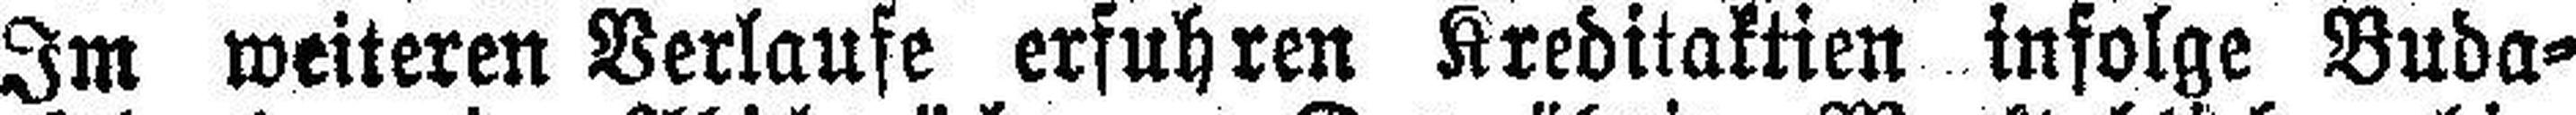
Im weiteren Verlaufe erfuhren Kreditaktim infolge Buda¬